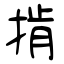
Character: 掯